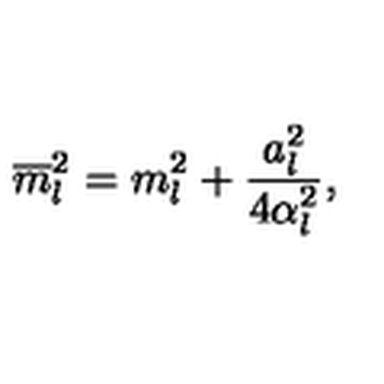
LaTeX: \overline { { m } } _ { l } ^ { 2 } = m _ { l } ^ { 2 } + \frac { a _ { l } ^ { 2 } } { 4 \alpha _ { l } ^ { 2 } } ,